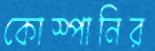
কোস্পানির